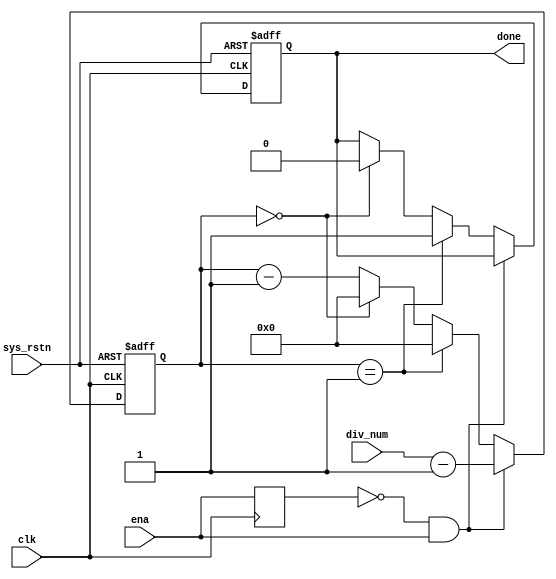
module counter(
    input clk,
    input sys_rstn,
    input ena,
    input [11:0] div_num,
    output reg done
);
reg ena_pre;
reg [11:0] cnt;
wire ena_rise;
always@(posedge clk) begin
    ena_pre <= ena;
end
always @(posedge clk or negedge sys_rstn) begin
    if(!sys_rstn) begin
        cnt <= 12'h00;
        done <= 1'b0;
    end
    else if(ena_rise) begin
        cnt <= div_num - 1;
    end
    else if (cnt == 12'h01) begin
        cnt <= 12'h00;
        done <= 1'b1;
    end
    else if (cnt == 12'h00) begin
        cnt <= 12'h00;
        done <= 1'b0;
    end
    else begin
        cnt <= cnt - 12'd1;
    end
end
assign ena_rise = ~ena_pre & ena;
endmodule